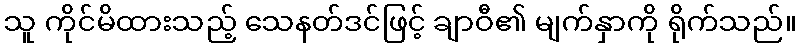
သူ ကိုင်မိထားသည့် သေနတ်ဒင်ဖြင့် ချာဝီ၏ မျက်နှာကို ရိုက်သည်။